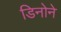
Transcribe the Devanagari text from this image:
डिनोने